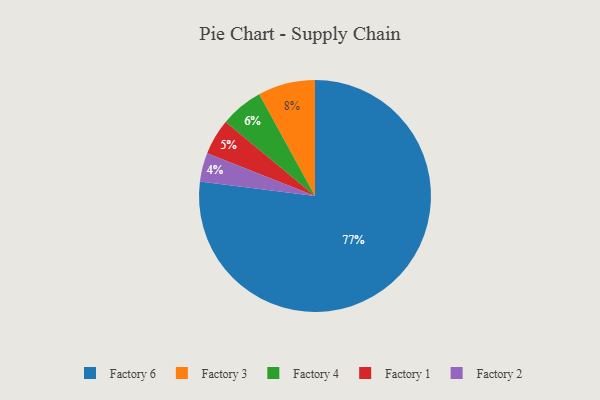
{"axis": {"x": "Category", "y": "Percentage"}, "legend": ["Factory 1", "Factory 2", "Factory 3", "Factory 4", "Factory 6"], "data": [{"x": "Factory 6", "y": 77, "type": "Factory 6"}, {"x": "Factory 1", "y": 5, "type": "Factory 1"}, {"x": "Factory 2", "y": 4, "type": "Factory 2"}, {"x": "Factory 4", "y": 6, "type": "Factory 4"}, {"x": "Factory 3", "y": 8, "type": "Factory 3"}]}